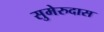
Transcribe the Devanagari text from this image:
सुमेरुदास